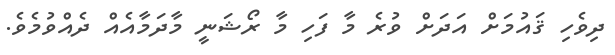
ދިވެހި ޤައުމަށް އަދަށް ވުރެ މާ ފަހި މާ ރޯޝަނީ މާދަމާއެއް ދެއްވުމެވެ.